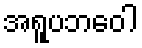
အရူပဘဝေါ